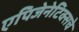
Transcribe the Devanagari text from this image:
एपिजेनेटिक्सचे